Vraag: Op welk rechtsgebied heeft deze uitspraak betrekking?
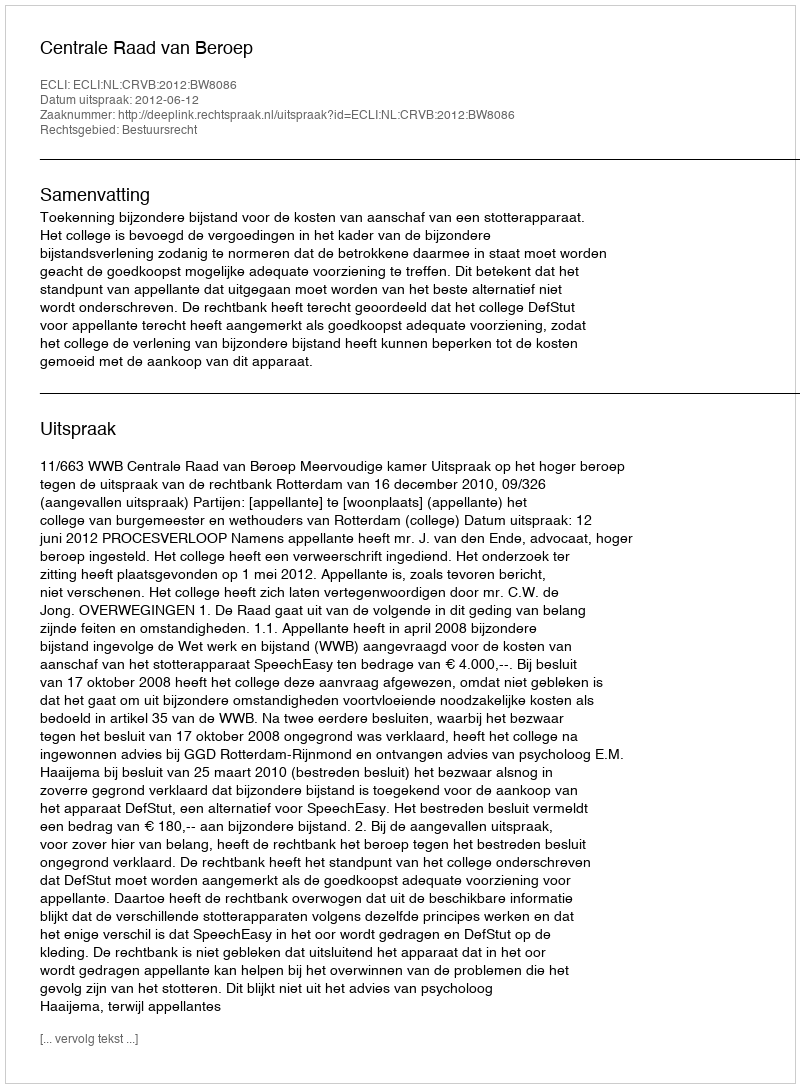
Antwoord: Bestuursrecht